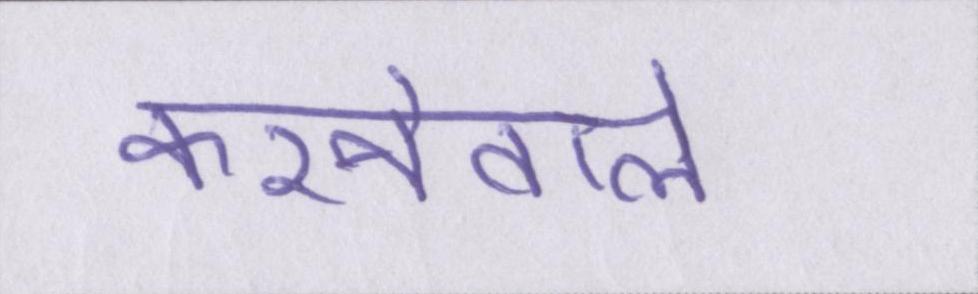
करनेवाले